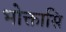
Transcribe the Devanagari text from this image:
भोक्तासि